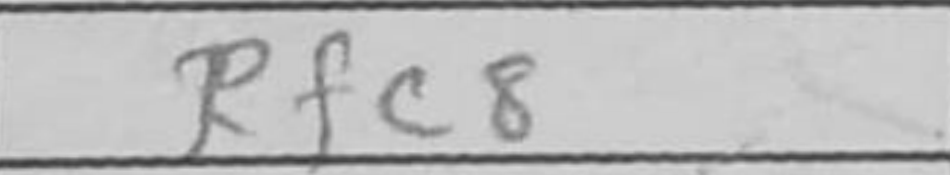
Transcription: Rfc8